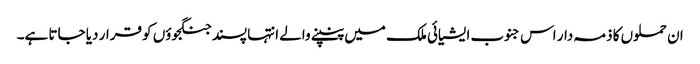
ان حملوں کا ذمہ دار اس جنوب ایشیائی ملک میں پنپنے والے انتہا پسند جنگجوؤں کو قرار دیا جاتا ہے۔